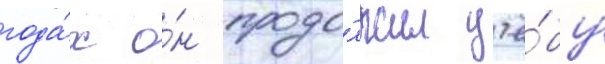
года́х о́н продо́лжил учё́бу